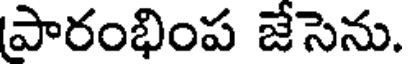
పారంభింప జేసెను.